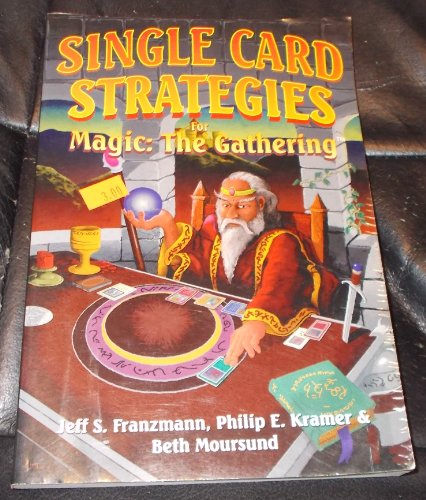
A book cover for Single Card Strategies for Magic: The Gathering; Jeff Franzmann; Science Fiction & Fantasy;